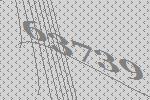
63739